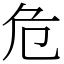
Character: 危